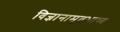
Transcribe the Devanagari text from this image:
विज्ञानामृतभाष्य